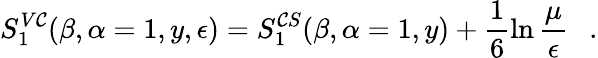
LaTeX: S_{1}^{V\mathcal{C}}(\beta,\alpha=1,y,\epsilon)=S_{1}^{\mathcal{C}S}(\beta,\alpha=1,y)+\frac{1}{6}\ln{\frac{{\mu}}{{\epsilon}}}~~~.